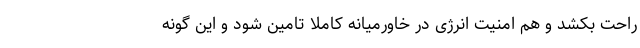
راحت بکشد و هم امنیت انرژی در خاورمیانه کاملاً تامین شود و این گونه